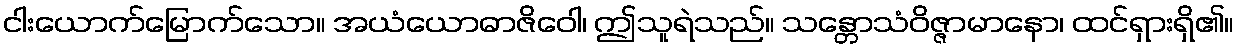
ငါးယောက်မြောက်သော။ အယံယောဓာဇိဝေါ၊ ဤသူရဲသည်။ သန္တောသံဝိဇ္ဇာမာနော၊ ထင်ရှားရှိ၏။